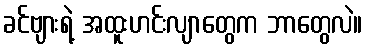
ခင်ဗျားရဲ့ အထူးဟင်းလျာတွေက ဘာတွေလဲ။